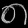
Digit: ၈